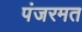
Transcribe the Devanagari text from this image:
पंजरमत